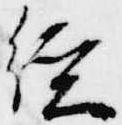
経